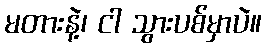
မတားနဲ့၊ ငါ သွားပစ်မှာပဲ။